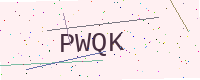
Text: PWQK